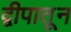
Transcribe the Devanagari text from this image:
द्वीपातून